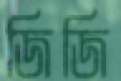
জিজি